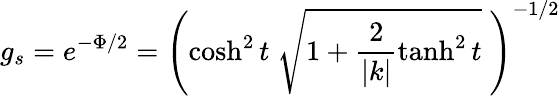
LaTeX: g_{s}=e^{-\Phi/2}=\left(\cosh^{2}t\; \sqrt{1+\frac{2}{|k|}\operatorname{tanh}^{2}t}\; \right)^{-1/2}